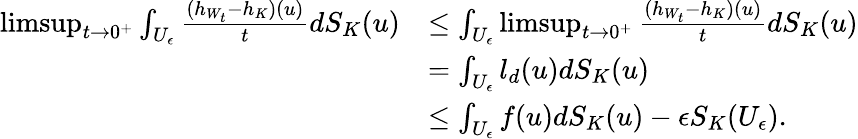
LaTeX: \begin{array}{rl}{\operatorname*{limsup}_{t\to 0^{+}}\int_{U_{\epsilon}}\frac{(h_{W_{t}}-h_{K})(u)}{t}dS_{K}(u)}&{\leq\int_{U_{\epsilon}}\operatorname*{limsup}_{t\to 0^{+}}\frac{(h_{W_{t}}-h_{K})(u)}{t}dS_{K}(u)}\\ &{=\int_{U_{\epsilon}}l_{d}(u)dS_{K}(u)}\\ &{\leq\int_{U_{\epsilon}}f(u)dS_{K}(u)-\epsilon S_{K}(U_{\epsilon}).}\end{array}